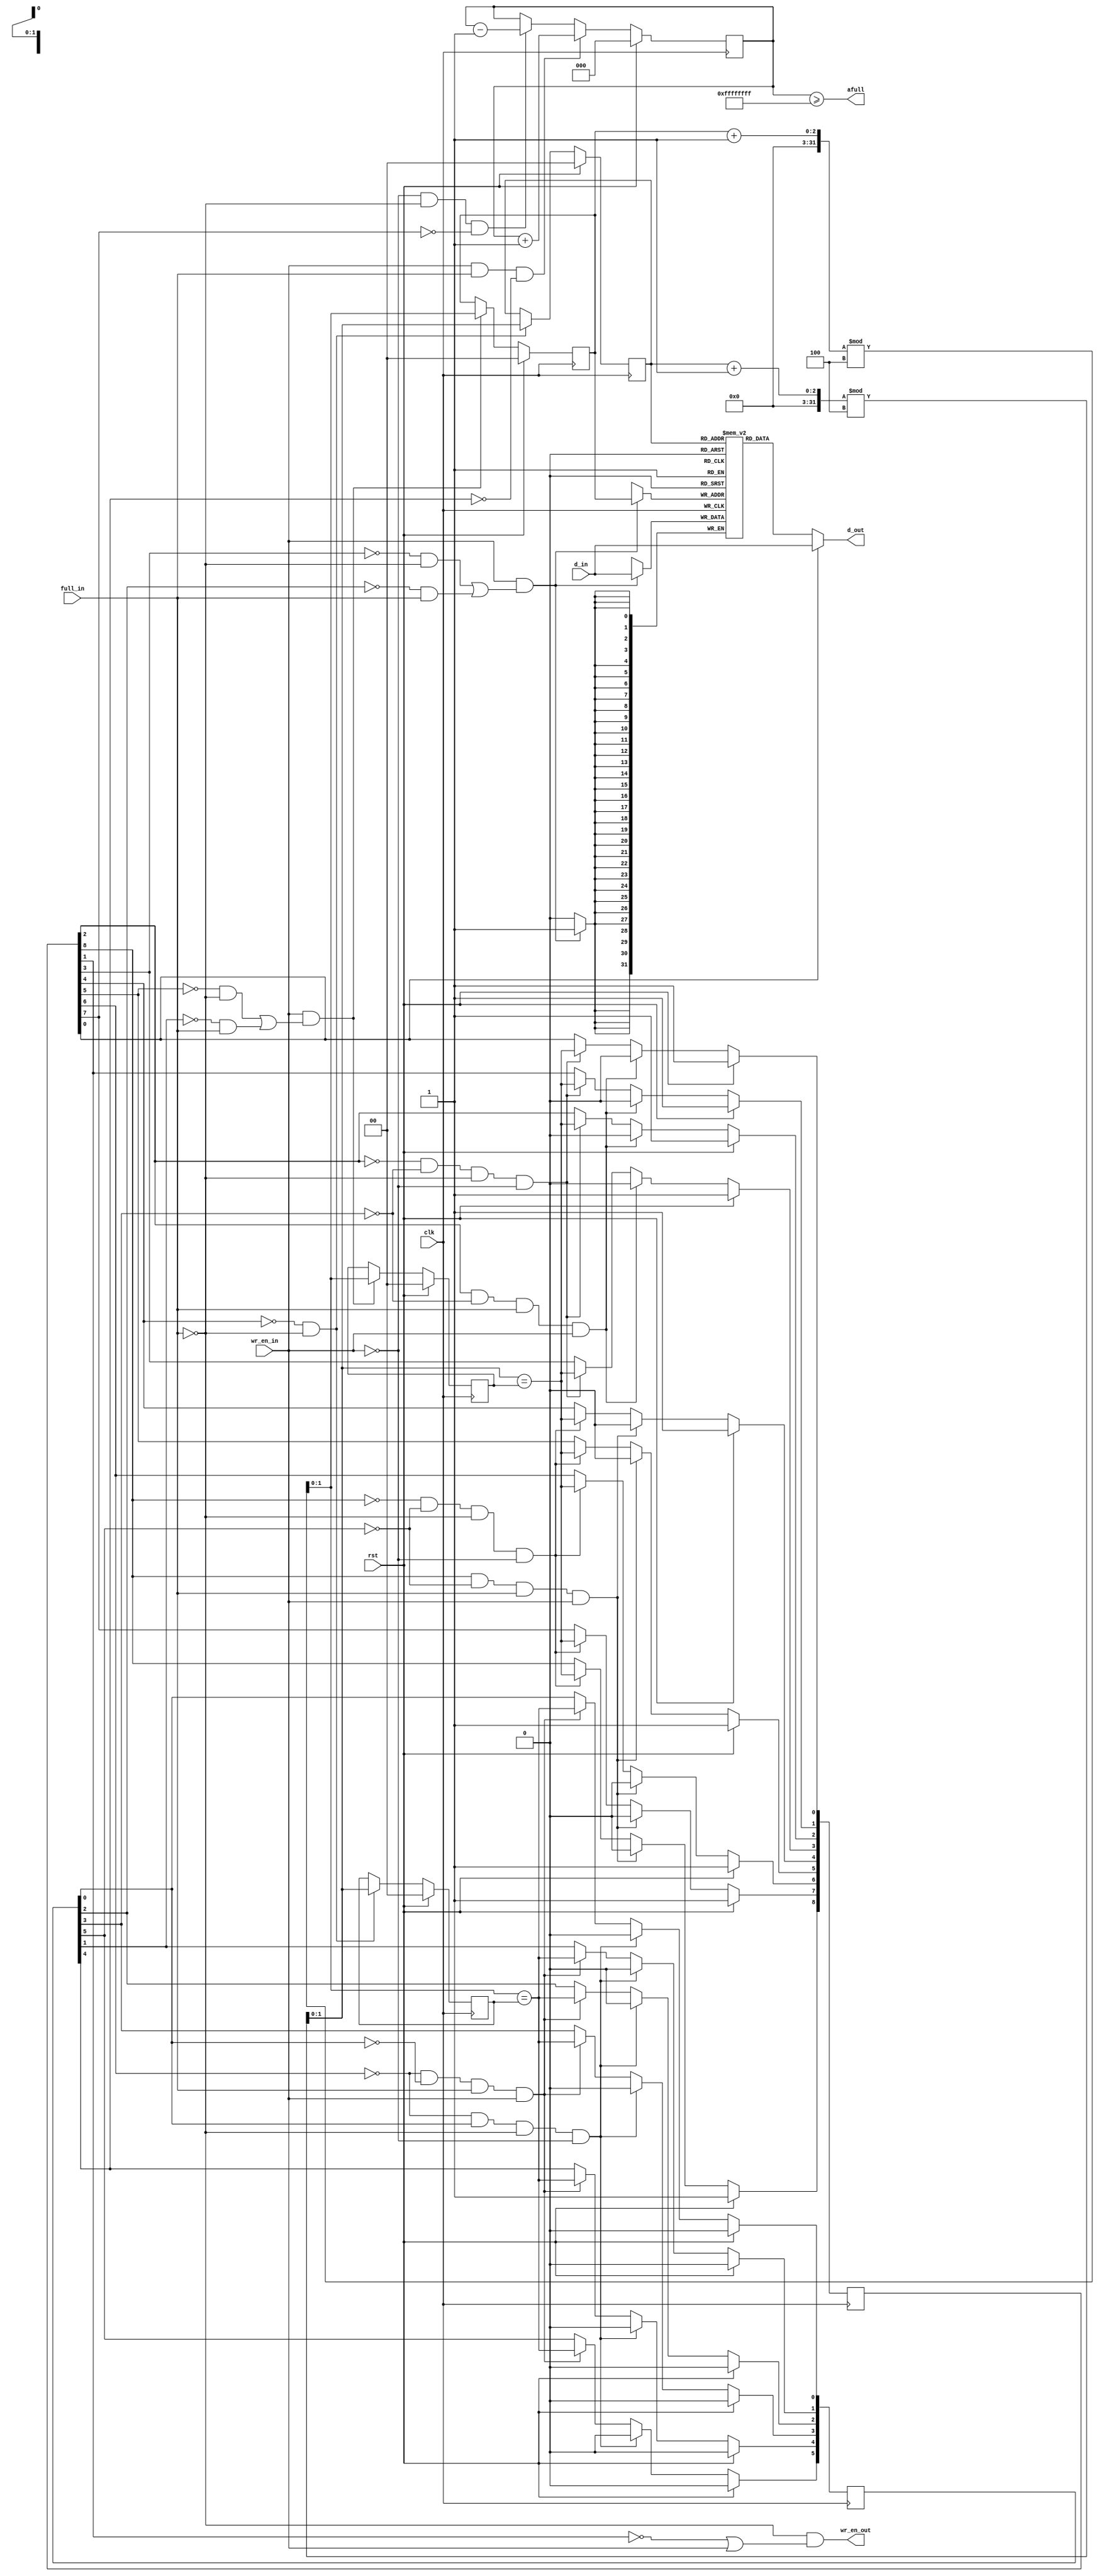
//*****************************************************************************
// (c) Copyright 2008 - 2013 Xilinx, Inc. All rights reserved.
//
// This file contains confidential and proprietary information
// of Xilinx, Inc. and is protected under U.S. and
// international copyright and other intellectual property
// laws.
//
// DISCLAIMER
// This disclaimer is not a license and does not grant any
// rights to the materials distributed herewith. Except as
// otherwise provided in a valid license issued to you by
// Xilinx, and to the maximum extent permitted by applicable
// law: (1) THESE MATERIALS ARE MADE AVAILABLE "AS IS" AND
// WITH ALL FAULTS, AND XILINX HEREBY DISCLAIMS ALL WARRANTIES
// AND CONDITIONS, EXPRESS, IMPLIED, OR STATUTORY, INCLUDING
// BUT NOT LIMITED TO WARRANTIES OF MERCHANTABILITY, NON-
// INFRINGEMENT, OR FITNESS FOR ANY PARTICULAR PURPOSE; and
// (2) Xilinx shall not be liable (whether in contract or tort,
// including negligence, or under any other theory of
// liability) for any loss or damage of any kind or nature
// related to, arising under or in connection with these
// materials, including for any direct, or any indirect,
// special, incidental, or consequential loss or damage
// (including loss of data, profits, goodwill, or any type of
// loss or damage suffered as a result of any action brought
// by a third party) even if such damage or loss was
// reasonably foreseeable or Xilinx had been advised of the
// possibility of the same.
//
// CRITICAL APPLICATIONS
// Xilinx products are not designed or intended to be fail-
// safe, or for use in any application requiring fail-safe
// performance, such as life-support or safety devices or
// systems, Class III medical devices, nuclear facilities,
// applications related to the deployment of airbags, or any
// other applications that could lead to death, personal
// injury, or severe property or environmental damage
// (individually and collectively, "Critical
// Applications"). Customer assumes the sole risk and
// liability of any use of Xilinx products in Critical
// Applications, subject only to applicable laws and
// regulations governing limitations on product liability.
//
// THIS COPYRIGHT NOTICE AND DISCLAIMER MUST BE RETAINED AS
// PART OF THIS FILE AT ALL TIMES.
//
//*****************************************************************************
//   ____  ____
//  /   /\/   /
// /___/  \  /    Vendor                : Xilinx
// \   \   \/     Version               : %version
//  \   \         Application           : MIG
//  /   /         Filename              : ddr_of_pre_fifo.v
// /___/   /\     Date Last Modified    : $date$
// \   \  /  \    Date Created          : Feb 08 2011
//  \___\/\___\
//
//Device            : 7 Series
//Design Name       : DDR3 SDRAM
//Purpose           : Extends the depth of a PHASER OUT_FIFO up to 4 entries
//Reference         :
//Revision History  :
//*****************************************************************************

/******************************************************************************
**$Id: ddr_of_pre_fifo.v,v 1.1 2011/06/02 08:35:07 mishra Exp $
**$Date: 2011/06/02 08:35:07 $
**$Author: mishra $
**$Revision: 1.1 $
**$Source: /devl/xcs/repo/env/Databases/ip/src2/O/mig_7series_v1_3/data/dlib/7series/ddr3_sdram/verilog/rtl/phy/ddr_of_pre_fifo.v,v $
******************************************************************************/

`timescale 1 ps / 1 ps

module mig_7series_v2_3_ddr_of_pre_fifo #
  (
   parameter TCQ   = 100,             // clk->out delay (sim only)
   parameter DEPTH = 4,               // # of entries
   parameter WIDTH = 32               // data bus width
   )
  (
   input              clk,            // clock
   input              rst,            // synchronous reset
   input              full_in,        // FULL flag from OUT_FIFO
   input              wr_en_in,       // write enable from controller
   input [WIDTH-1:0]  d_in,           // write data from controller
   output             wr_en_out,      // write enable to OUT_FIFO
   output [WIDTH-1:0] d_out,          // write data to OUT_FIFO
   output             afull           // almost full signal to controller
   );
  
  // # of bits used to represent read/write pointers
  localparam PTR_BITS 
             = (DEPTH == 2) ? 1 : 
               ((DEPTH == 3) || (DEPTH == 4)) ? 2 : 
               (((DEPTH == 5) || (DEPTH == 6) || 
                 (DEPTH == 7) || (DEPTH == 8)) ? 3 : 
                  DEPTH == 9 ? 4 : 'bx);
                 
  // Set watermark. Always give the MC 5 cycles to engage flow control.
  localparam ALMOST_FULL_VALUE = DEPTH - 5;

  integer i;
  
  reg [WIDTH-1:0]    mem[0:DEPTH-1] ;
  reg [8:0]          my_empty /* synthesis syn_maxfan = 3 */;
  reg [5:0]          my_full /* synthesis syn_maxfan = 3 */;
  reg [PTR_BITS-1:0] rd_ptr /* synthesis syn_maxfan = 10 */;
  reg [PTR_BITS-1:0] wr_ptr /* synthesis syn_maxfan = 10 */;
  (* KEEP = "TRUE", max_fanout = 50 *) reg [PTR_BITS-1:0] rd_ptr_timing /* synthesis syn_maxfan = 10 */;
  (* KEEP = "TRUE", max_fanout = 50 *) reg [PTR_BITS-1:0] wr_ptr_timing /* synthesis syn_maxfan = 10 */;
  reg [PTR_BITS:0] entry_cnt;
  wire [PTR_BITS-1:0] nxt_rd_ptr;
  wire [PTR_BITS-1:0] nxt_wr_ptr;
  wire [WIDTH-1:0] mem_out;
  (* max_fanout = 50 *) wire wr_en;

  assign d_out = my_empty[0] ? d_in : mem_out;
  assign wr_en_out = !full_in && (!my_empty[1] || wr_en_in);
  assign wr_en = wr_en_in & ((!my_empty[3] & !full_in)|(!my_full[2] & full_in));

  always @ (posedge clk)
    if (wr_en)
      mem[wr_ptr] <= #TCQ d_in;

  assign mem_out = mem[rd_ptr];

  assign nxt_rd_ptr = (rd_ptr + 1'b1)%DEPTH;

  always @ (posedge clk)
  begin
    if (rst) begin
      rd_ptr <= 'b0;
      rd_ptr_timing <= 'b0;
    end
    else if ((!my_empty[4]) & (!full_in)) begin
      rd_ptr <= nxt_rd_ptr;
      rd_ptr_timing <= nxt_rd_ptr;
    end
  end

  always @ (posedge clk)
  begin
    if (rst)
      my_empty <= 9'h1ff;
    else begin
      if (my_empty[2] & !my_full[3] & full_in & wr_en_in)
        my_empty[3:0] <= 4'b0000;
      else if (!my_empty[2] & !my_full[3] & !full_in & !wr_en_in) begin
        my_empty[0] <= (nxt_rd_ptr == wr_ptr_timing);
        my_empty[1] <= (nxt_rd_ptr == wr_ptr_timing);
        my_empty[2] <= (nxt_rd_ptr == wr_ptr_timing);
        my_empty[3] <= (nxt_rd_ptr == wr_ptr_timing);
      end
      if (my_empty[8] & !my_full[5] & full_in & wr_en_in)
        my_empty[8:4] <= 5'b00000;
      else if (!my_empty[8] & !my_full[5] & !full_in & !wr_en_in) begin
        my_empty[4] <= (nxt_rd_ptr == wr_ptr_timing);
        my_empty[5] <= (nxt_rd_ptr == wr_ptr_timing);
        my_empty[6] <= (nxt_rd_ptr == wr_ptr_timing);
        my_empty[7] <= (nxt_rd_ptr == wr_ptr_timing);
        my_empty[8] <= (nxt_rd_ptr == wr_ptr_timing);
      end
    end
  end

  assign nxt_wr_ptr = (wr_ptr + 1'b1)%DEPTH;

  always @ (posedge clk)
  begin
    if (rst) begin
      wr_ptr <= 'b0;
      wr_ptr_timing <= 'b0;
    end
    else if ((wr_en_in) & ((!my_empty[5] & !full_in) | (!my_full[1] & full_in))) begin
      wr_ptr <= nxt_wr_ptr;
      wr_ptr_timing <= nxt_wr_ptr;
    end
  end

  always @ (posedge clk)
  begin
    if (rst)
      my_full <= 6'b000000;
    else if (!my_empty[6] & my_full[0] & !full_in & !wr_en_in)
      my_full <= 6'b000000;
    else if (!my_empty[6] & !my_full[0] & full_in & wr_en_in) begin
      my_full[0] <= (nxt_wr_ptr == rd_ptr_timing);
      my_full[1] <= (nxt_wr_ptr == rd_ptr_timing);
      my_full[2] <= (nxt_wr_ptr == rd_ptr_timing);
      my_full[3] <= (nxt_wr_ptr == rd_ptr_timing);
      my_full[4] <= (nxt_wr_ptr == rd_ptr_timing);
      my_full[5] <= (nxt_wr_ptr == rd_ptr_timing);
    end
  end

  always @ (posedge clk)
  begin
    if (rst)
      entry_cnt <= 'b0;
    else if (wr_en_in & full_in & !my_full[4])
      entry_cnt <= entry_cnt + 1'b1;
    else if (!wr_en_in & !full_in & !my_empty[7])
      entry_cnt <= entry_cnt - 1'b1;
  end

  assign afull = (entry_cnt >= ALMOST_FULL_VALUE);

endmodule